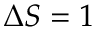
\Delta S = 1